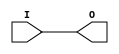
module IBUF_HSTL_IV (O, I);

    output O;

    input  I;

	buf B1 (O, I);


endmodule